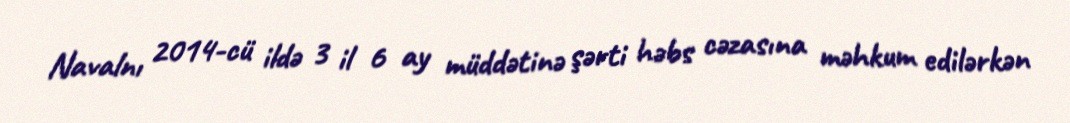
Navalnı 2014-cü ildə 3 il 6 ay müddətinə şərti həbs cəzasına məhkum edilərkən